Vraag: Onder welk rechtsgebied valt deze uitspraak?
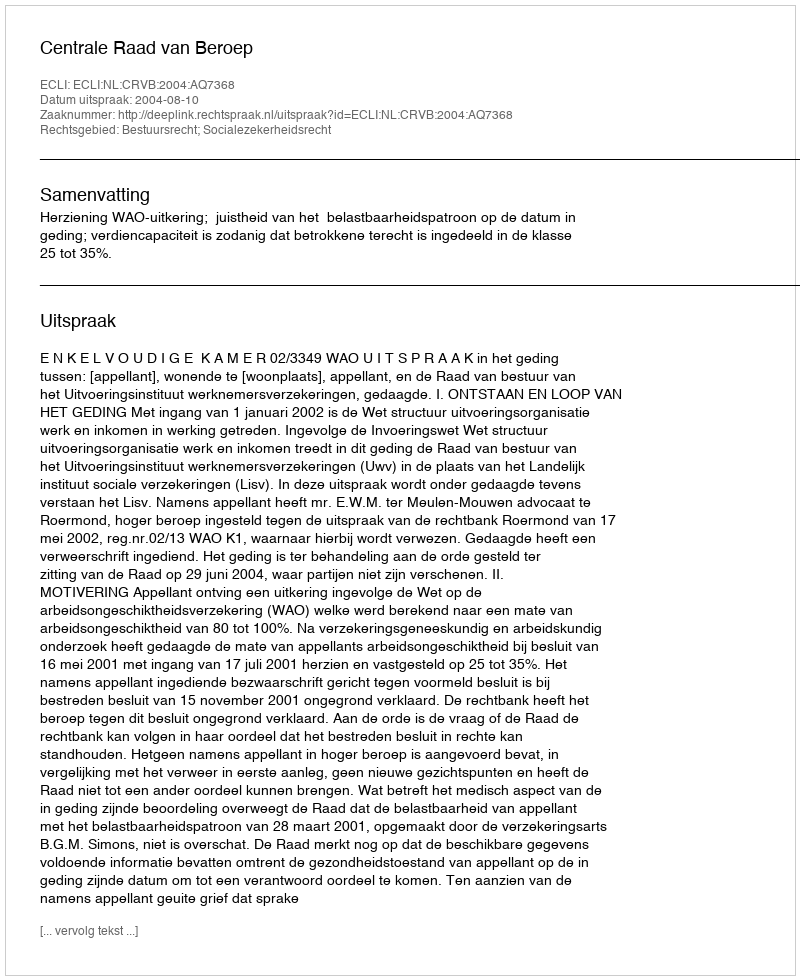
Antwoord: Bestuursrecht; Socialezekerheidsrecht